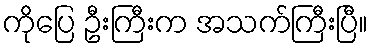
ကိုပြေ ဦးကြီးက အသက်ကြီးပြီ။